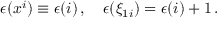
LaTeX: \epsilon ( x ^ { i } ) \equiv \epsilon ( i ) \, , \quad \epsilon ( \xi _ { 1 i } ) = \epsilon ( i ) + 1 \, .